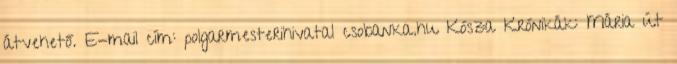
átvehető. E-mail cím: polgarmesterihivatal csobanka.hu Kósza Krónikák: Mária út